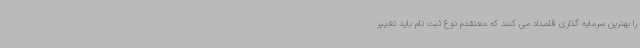
را بهترین سرمایه گذاری قلمداد می کنند که معتقدم نوع ثبت نام باید تغییر